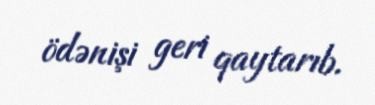
ödənişi geri qaytarıb.